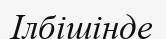
Ілбішінде